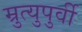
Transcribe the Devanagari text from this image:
म्रुत्युपुर्वी